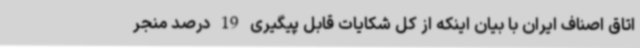
اتاق اصناف ایران با بیان اینکه از کل شکایات قابل پیگیری 19 درصد منجر